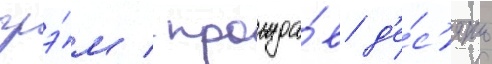
грэ́м / прожда́в д'е́с'ять